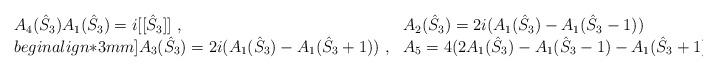
LaTeX: \begin{align*}\begin{array}{ll}A_4(\hat{S}_3) A_1(\hat{S}_3)=i[[\hat{S}_3]]~,~~~~~~~&A_2(\hat{S}_3)=2i (A_1(\hat{S}_3)-A_1(\hat{S}_3-1))\\begin{align*}3mm]A_3(\hat{S}_3)=2i (A_1(\hat{S}_3)-A_1(\hat{S}_3+1))~,&A_5=4(2A_1(\hat{S}_3)-A_1(\hat{S}_3-1)-A_1(\hat{S}_3+1))~.\end{array}\end{align*}